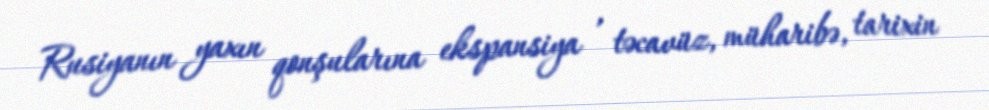
Rusiyanın yaxın qonşularına ekspansiya , təcavüz, müharibə, tarixin